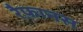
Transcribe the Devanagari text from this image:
रैफ़ानस